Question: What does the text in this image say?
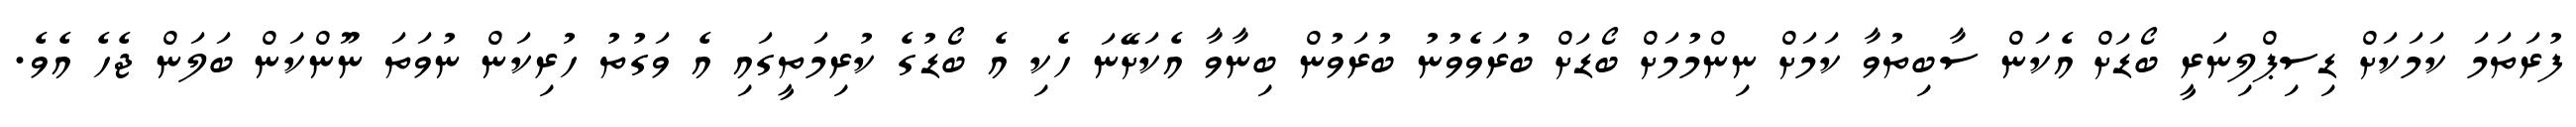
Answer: ފުރަތަމަ ކަމަކަށް ޑިސިޕްލިނަރީ ބޯޑަށް އެކަން ސާބިތުވާ ކަމަށް ނިންމުމަށް ބޯޑަށް ބުރަވެވުނު ބުރަވުން ބިނާވާ އެކަށޭނަ ހެކި އެ ބޯޑުގެ ކުރިމަތީގައި އެ ވަގުތު ހުރިކަން ނުވަތަ ނޫންކަން ބަލަން ޖެހެ އެވެ.